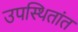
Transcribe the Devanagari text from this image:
उपस्थितांत